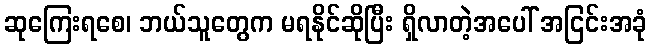
ဆုကြေးရစေ၊ ဘယ်သူတွေက မရနိုင်ဆိုပြီး ရှိလာတဲ့အပေါ် အငြင်းအခုံ